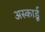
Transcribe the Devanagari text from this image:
अस्कार्डू